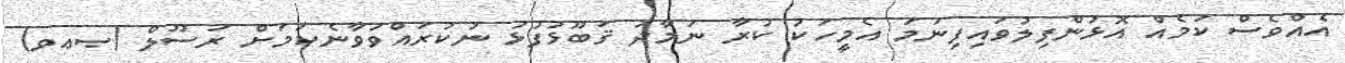
އެއްވެސް ކަމެއް އޮޅުންފިލުވައިފިނަމަ އެމީހަކު ކުރާ ނަމާދު ޤަބޫޅުފުޅު ނުކުރައްވަވާނެކަމަށް ރަސޫލް (ޞޢވ)